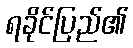
ရခိုင်ပြည်၏